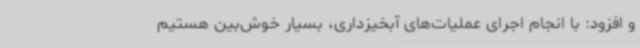
و افزود: با انجام اجرای عملیات‌های آبخیزداری، بسیار خوش‌بین هستیم